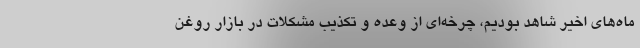
ماه‌های اخیر شاهد بودیم، چرخه‌ای از وعده و تکذیب مشکلات در بازار روغن